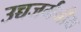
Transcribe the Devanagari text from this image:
उच्चजर्मनीय